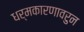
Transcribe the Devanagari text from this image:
धर्मकारणावरुन